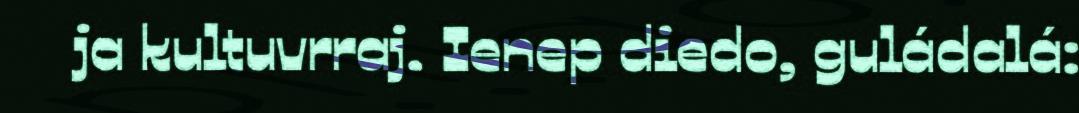
ja kultuvrraj. Ienep diedo, guládalá: